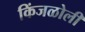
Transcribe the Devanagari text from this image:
किंजळोली